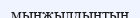
мыңжылдыңтың